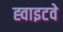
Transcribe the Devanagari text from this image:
ह्वाइटवे